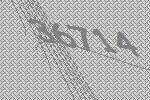
36714